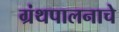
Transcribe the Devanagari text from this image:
ग्रंथपालनाचे